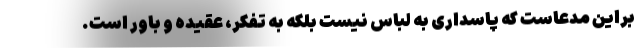
براین مدعاست که پاسداری به لباس نیست بلکه به تفکر، عقیده و باور است.